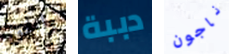
والحق دببة ناجون